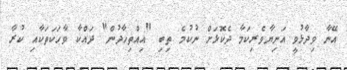
އޭނާ ވިދާޅުވީ އަނިޔާވެރިކަމާ ދެކޮޅަށް ނުކުމެ ތިބި "އިއްތިހާދުން" ދައްކާ ވާހަކަތަކާއި ކުރާ